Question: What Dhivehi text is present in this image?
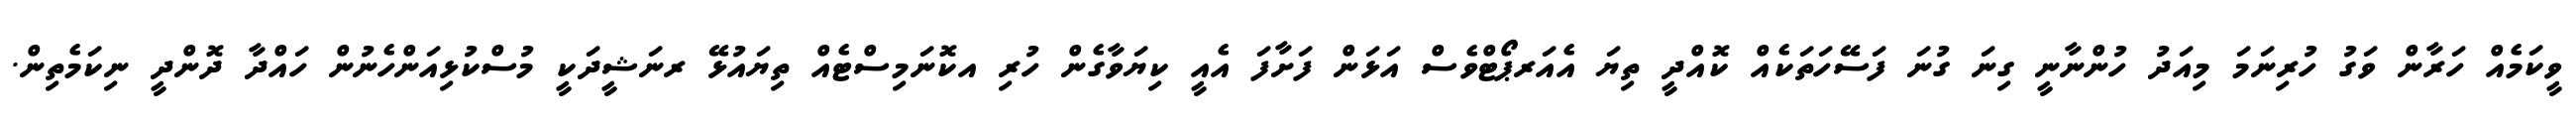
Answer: ވީކަމެއް ހަރާން ވަގު ހުރިނަމަ މިއަދު ހުންނާނީ ގިނަ ގުނަ ފަސޭހަތަކެއް ކޮއްދީ ތިޔަ އެއަރޕޯޓްވެސް އަޅަން ފަށާފަ އެއީ ކިޔަވާގެން ހުރި އކޮނަމިސްޓެއް ތިޔައުޅޭ ރނަޝީދަކީ މުސްކުޅިއަންހެނުން ހައްދާ ދޮންދީ ނިކަމެތިން.